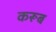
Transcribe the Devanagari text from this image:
करूब